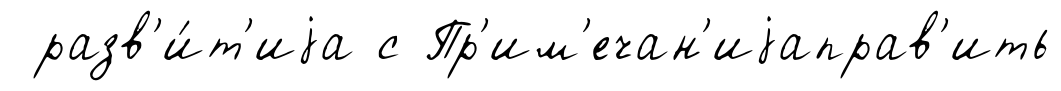
разв'и́т'иjа с Пр'им'ечан'иjаправ'ить